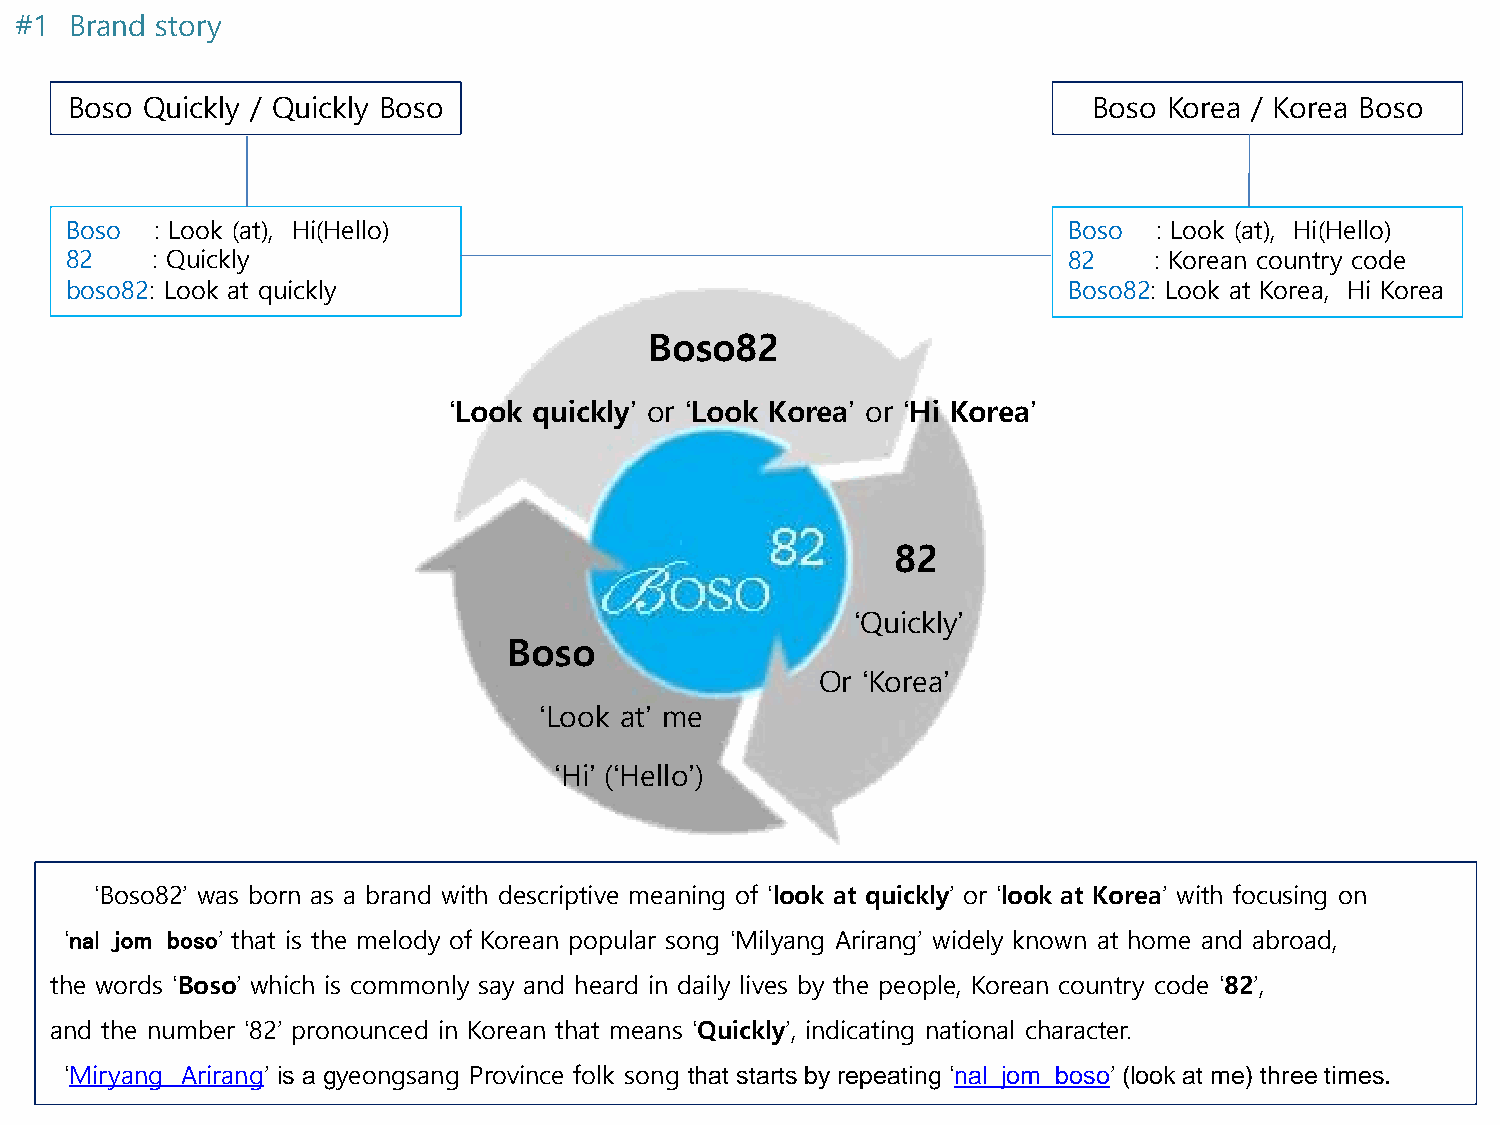
#1  Brand story
 Boso Quickly / Quickly Boso                                        Boso Korea / Korea Boso
 Boso  : Look (at), Hi(Hello)                                       Boso  : Look (at), Hi(Hello)
 82    : Quickly                                                    82   : Korean country code
 boso82: Look at quickly                                            Boso82: Look at Korea, Hi Korea
 Boso82
 ‘Look quickly’ or ‘Look Korea’ or ‘Hi Korea’
 82
 ‘Quickly’
 Boso
 Or ‘Korea’
 ‘Look at’ me
 ‘Hi’ (‘Hello’)
 ‘Boso82’ was born as a brand with descriptive meaning of ‘look at quickly’ or ‘look at Korea’ with focusing on
 ‘nal jom boso’ that is the melody of Korean popular song ‘Milyang Arirang’ widely known at home and abroad,
 the words ‘Boso’ which is commonly say and heard in daily lives by the people, Korean country code ‘82’,
 and the number ‘82’ pronounced in Korean that means ‘Quickly’, indicating national character.
 ‘Miryang Arirang’ is a gyeongsang Province folk song that starts by repeating ‘nal jom boso’ (look at me) three times.